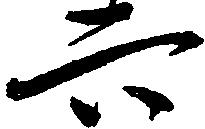
六